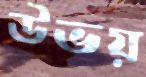
উভয়